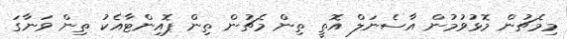
މިމެޗުން މޮޅުވުމުން އާސެނަލް އޮތީ ތިން މެޗުން ތިން ޕޮއިންޓާއެކު ތިން ވަނާގަ